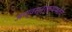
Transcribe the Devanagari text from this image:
अण्वस्त्रक्षमतेचे